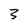
Character: 3